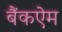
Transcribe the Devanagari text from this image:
बैंकऐम